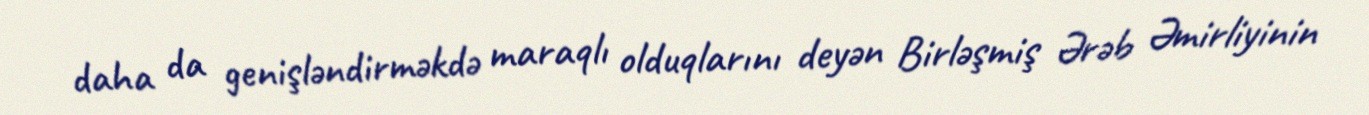
daha da genişləndirməkdə maraqlı olduqlarını deyən Birləşmiş Ərəb Əmirliyinin